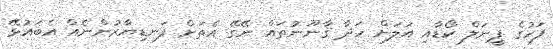
ފަހުގެ ޕީނަލް ކޯޑާއި އަލަށް ހަދާ ޤާނޫނުތައް ނޭގޭ އެތަށް ފަނޑިޔާރުންނެއް އެބައުޅޭ